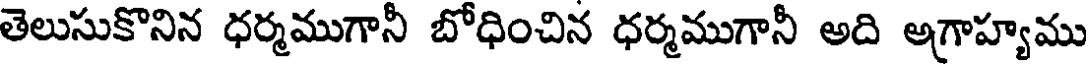
తెలుసుకొనిన ధర్మముగానీ బోధించిన ధర్మముగానీ అది అగ్రాహ్యము